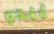
يبدو